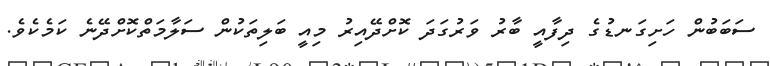
ސަބަބުން ހަށިގަނޑުގެ ދިފާއީ ބާރު ވަރުގަދަ ކޮށްދޭއިރު މިއީ ބަލިތަކުން ސަލާމަތްކޮށްދޭނެ ކަމެކެވެ.